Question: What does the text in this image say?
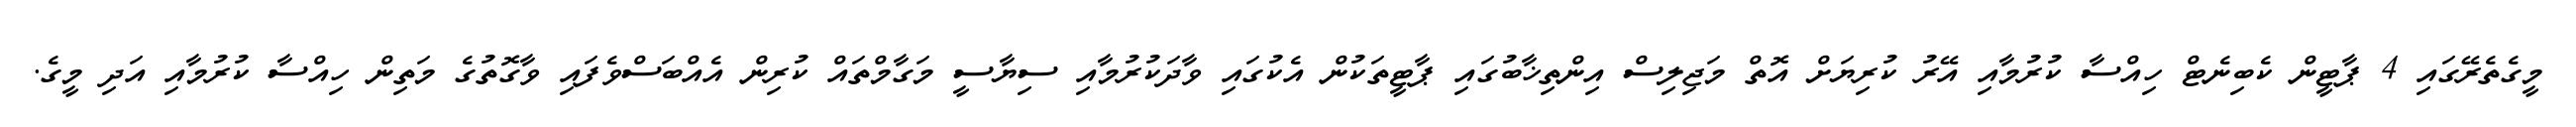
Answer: މީގެތެރޭގައި 4 ޕާޓީން ކެބިނެޓް ހިއްސާ ކުރުމާއި އޭރު ކުރިޔަށް އޮތް މަޖިލިސް އިންތިޚާބުގައި ޕާޓީތަކުން އެކުގައި ވާދަކުރުމާއި ސިޔާސީ މަގާމްތައް ކުރިން އެއްބަސްވެފައި ވާގޮތުގެ މަތިން ހިއްސާ ކުރުމާއި އަދި މީގެ.